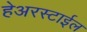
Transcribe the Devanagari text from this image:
हेअरस्टाईल